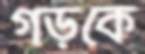
গড়কে